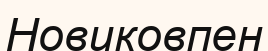
Новиковпен